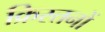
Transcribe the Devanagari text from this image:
क्रिस्तनों